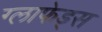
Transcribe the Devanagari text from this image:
ग्लाफेड्स